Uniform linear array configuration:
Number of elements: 4
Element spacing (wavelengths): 0.25
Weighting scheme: cosine
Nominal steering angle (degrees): -60
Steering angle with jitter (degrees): -59.978
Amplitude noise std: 0.05
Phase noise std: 0.05

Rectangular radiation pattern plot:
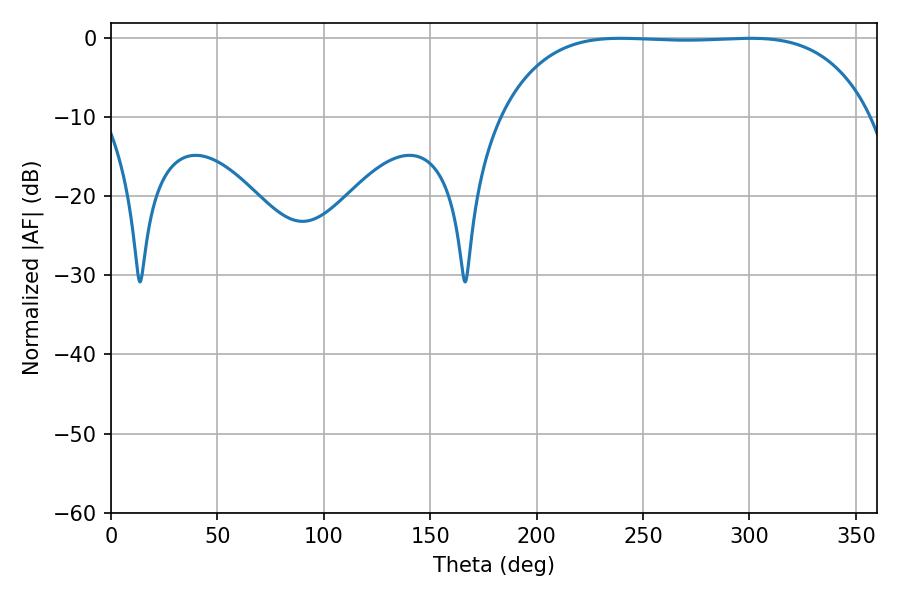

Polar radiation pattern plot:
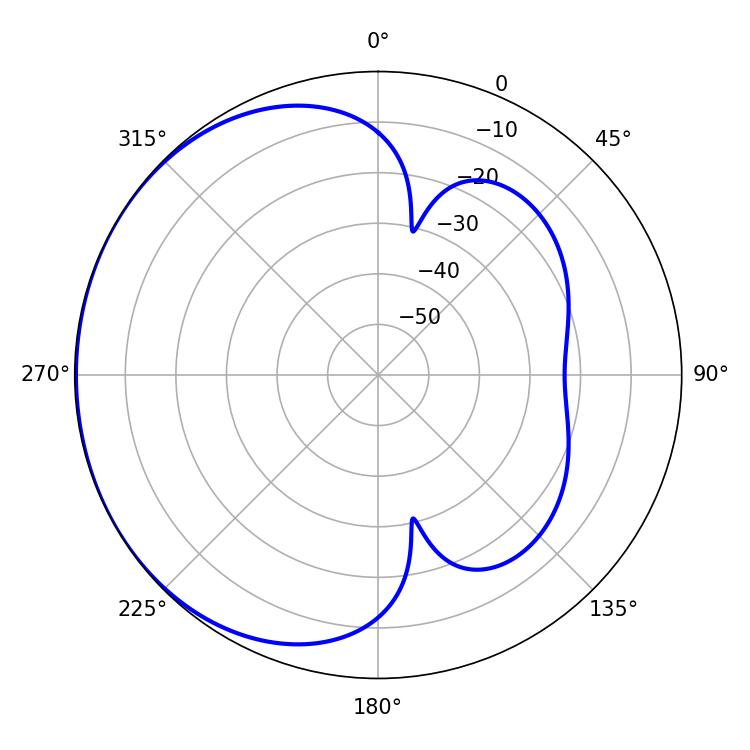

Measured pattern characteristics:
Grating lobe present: FALSE
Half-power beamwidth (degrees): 135.36
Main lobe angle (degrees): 239.4